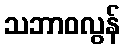
သဘာဝလွန်